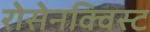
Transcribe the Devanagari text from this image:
रोसेनक्विस्ट